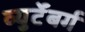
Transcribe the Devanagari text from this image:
व्युर्टेंबर्ग